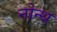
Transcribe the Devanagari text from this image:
नोन्थ